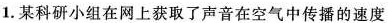
1. 某科研小组在网上获取了声音在空气中传播的速度